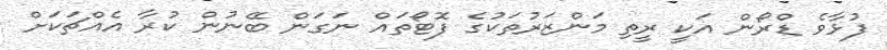
ފުޅާވެ ޑްރޯން އަކީ ރީތި މަންޒަރުތަކުގެ ފޮޓޯތައް ނަގަން ބޭނުން ކުރާ އެއްޗަކަށް